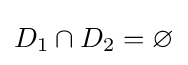
D_{1}\cap D_{2}=\varnothing